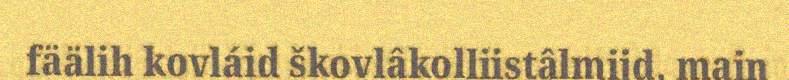
fäälih kovláid škovlâkolliistâlmijd, main